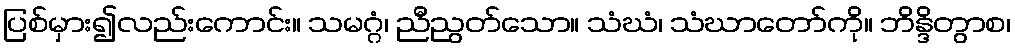
ပြစ်မှား၍လည်းကောင်း။ သမဂ္ဂံ၊ ညီညွတ်သော။ သံဃံ၊ သံဃာတော်ကို။ ဘိန္ဒိတွာစ၊